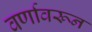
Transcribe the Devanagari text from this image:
वर्णावरून